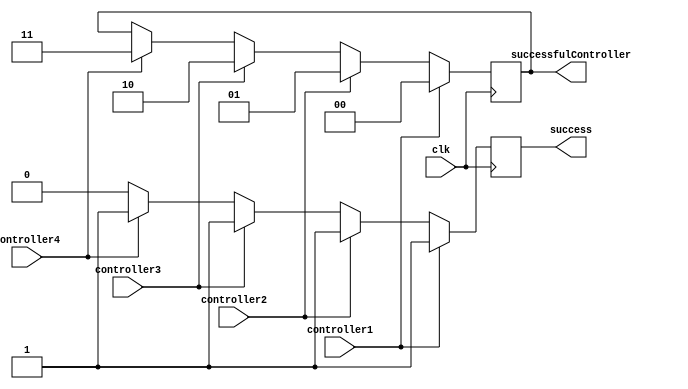
/* SuccessDetector.v
 used to determine which MD5Controller had a successful test
 */
module SuccessDetector(input controller1,                     // inputs are hashes_equal output from each MD5Controller
                       controller2,
                       controller3,
                       controller4,
                       input clk,                             // module clock
                       output reg [1:0] successfulController, // outputs which controller was successful
                       output reg success);                   // raises success when a controller is successful
    
    always @ (posedge clk) begin
        if (controller1 == 1'b1) begin
            successfulController <= 2'b00;
            success              <= 1;
            end else if (controller2 == 1'b1) begin
            successfulController <= 2'b01;
            success              <= 1;
            end else if (controller3 == 1'b1) begin
            successfulController <= 2'b10;
            success              <= 1;
            end else if (controller4 == 1'b1) begin
            successfulController <= 2'b11;
            success              <= 1;
            end else begin
            success <= 0;
        end
    end
    
endmodule // SuccessDetector